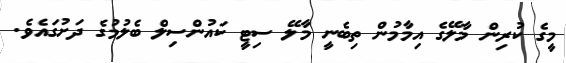
މީގެ ކުރިން މާލޭގެ އިމާމުން ތިބެނީ މާލޭ ސިޓީ ކައުންސިލް ބެލުމުގެ ދަށުގައެވެ.